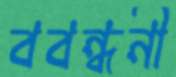
ববন্ধনী